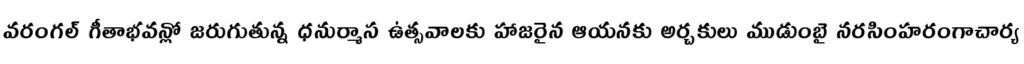
వరంగల్ గీతాభవన్లో జరుగుతున్న ధనుర్మాస ఉత్సవాలకు హాజరైన ఆయనకు అర్చకులు ముడుంబై నరసింహరంగాచార్య